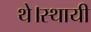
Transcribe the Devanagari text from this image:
थे।स्थायी